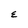
Character: E